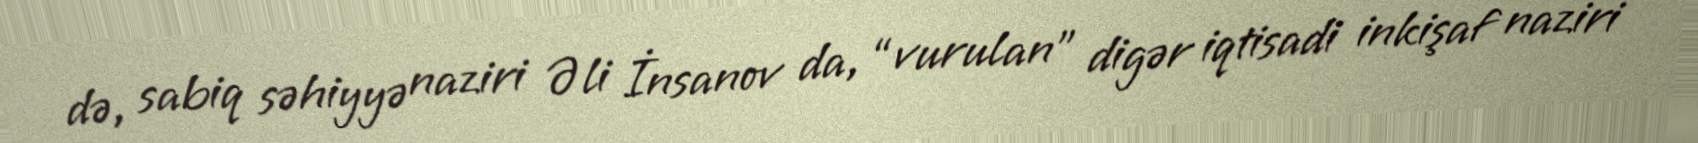
də, sabiq səhiyyə naziri Əli İnsanov da, “vurulan” digər iqtisadi inkişaf naziri